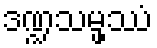
ဒဏ္ဍသမ္ဖဿံ